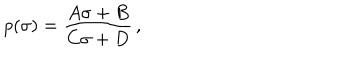
p ( \sigma ) = \frac { A \sigma + B } { C \sigma + D } \, ,